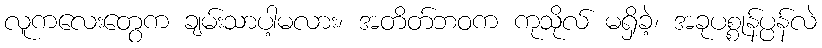
လူကလေးတွေက ချမ်းသာပါ့မလား၊ အတိတ်ဘဝက ကုသိုလ် မရှိခဲ့၊ အခုပစ္စုန်ပ္ပန်လဲ